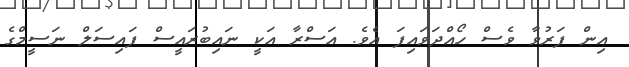
އިން ފަރުވާ ވެސް ހޯއްދަވައިފަ އެވެ. އަސްރާ އަކީ ނައިބުރައީސް ފައިސަަލް ނަސީމްގެ